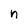
Character: n